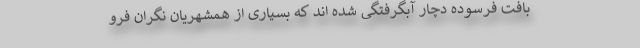
بافت فرسوده دچار آبگرفتگی شده اند که بسیاری از همشهریان نگران فرو